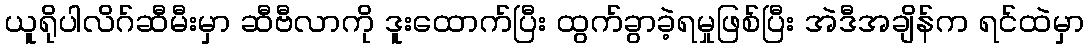
ယူရိုပါလိဂ်ဆီမီးမှာ ဆီဗီလာကို ဒူးထောက်ပြီး ထွက်ခွာခဲ့ရမှုဖြစ်ပြီး အဲဒီအချိန်က ရင်ထဲမှာ